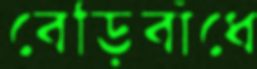
বেড়িবাঁধে